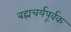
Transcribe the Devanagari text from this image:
बह्मचर्यपूर्वक